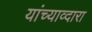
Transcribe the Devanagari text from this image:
यांच्याव्दारा